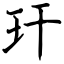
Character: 玕